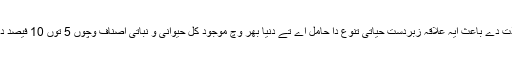
اپنے جنگلات دے باعث ایہ علاقہ زبردست حیاتی تنوع دا حامل اے تے دنیا بھر وچ موجود کل حیوانی و نباتی اصناف وچوں 5 توں 10 فیصد دا حامل اے۔